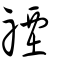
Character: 禋